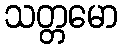
သတ္တမော